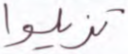
تزيلوا